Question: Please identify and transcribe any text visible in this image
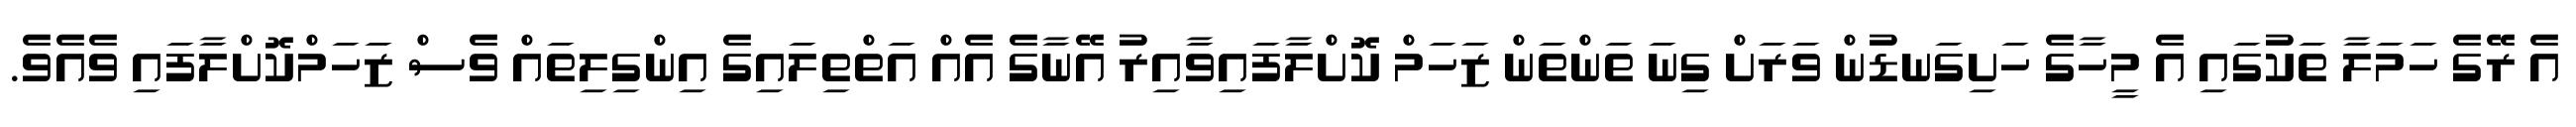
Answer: އެ ރޭގެ ހަމަލާ ތަކުގައި އެ މީހާގެ ހަށިގަނޑުން ވަރަށް ގިނަ ތަންތަން ޒަހަމް ކޮށްލާފައިވާއިރު އޭނާގެ އެއް އަތްތިލައިގެ އިންގިލިތައް ވެސް ޒަހަމްކޮށްލާފައި ވެއެވެ.